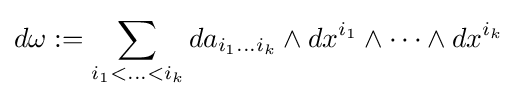
d\omega :=\sum _{i_{1}<\ldots <i_{k}}da_{i_{1}\ldots i_{k}}\wedge dx^{i_{1}}\wedge \cdots \wedge dx^{i_{k}}